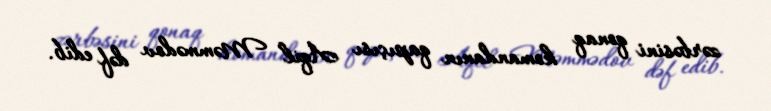
zərbəsini qonaq komandanın qapıçısı Aqil Məmmədov dəf edib.